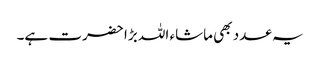
یہ عدد بھی ماشاء اللہ بڑا حضرت ہے۔